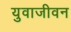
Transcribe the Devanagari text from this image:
युवाजीवन